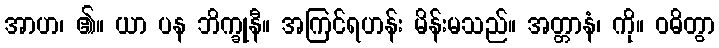
အာဟ၊ ၏။ ယာ ပန ဘိက္ခုနီ။ အကြင်ရဟန်း မိန်းမသည်။ အတ္တာနံ၊ ကို။ ဝဓိတွာ